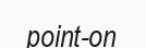
point-on